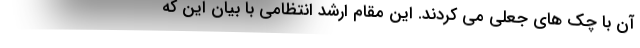
آن با چک های جعلی می کردند. این مقام ارشد انتظامی با بیان این که